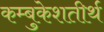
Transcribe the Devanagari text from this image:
कम्बुकेशतीर्थ